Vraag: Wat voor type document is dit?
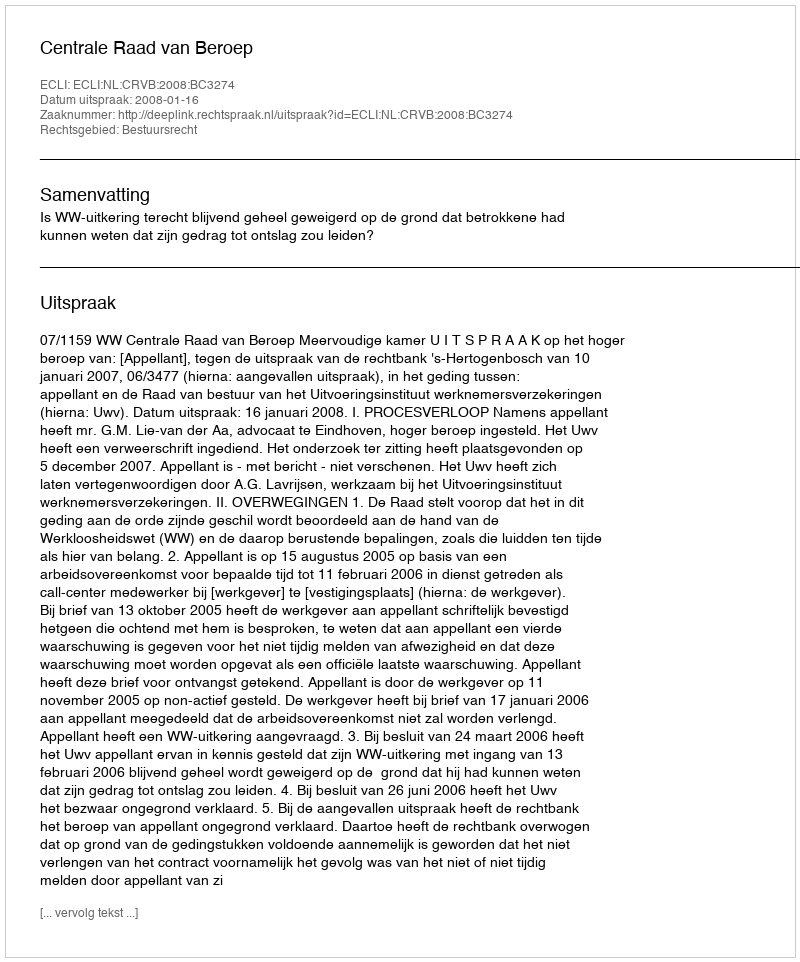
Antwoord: Uitspraak